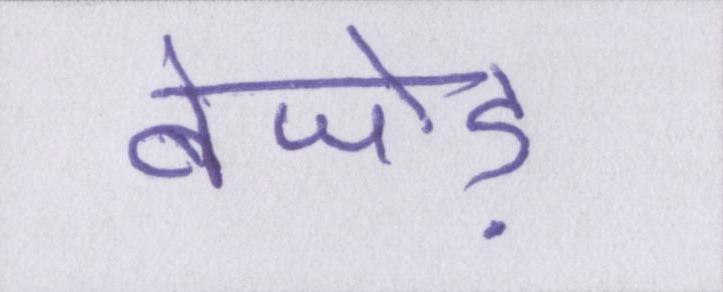
बेजोड़